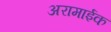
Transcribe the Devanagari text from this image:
अरामाईक